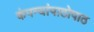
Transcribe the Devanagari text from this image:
कंपन्यांपाठोपाठ